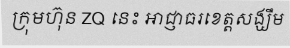
ក្រុមហ៊ុន ZQ នេះ អាជ្ញាធរខេត្តសង្ឃឹម